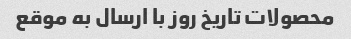
محصولات تاریخ روز با ارسال به موقع